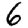
Digit: 6